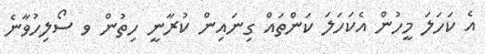
އެ ކަހަލަ މީހުން އެކަހަލަ ކަންތައް ގިނައިން ކުރާނީ ހިތުން ވ ސޯލިހުވާނެ